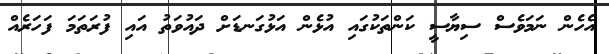
އެހެން ނަމަވެސް ސިޔާސީ ކަންތަކުގައި އުޅެން އަޅުގަނޑަށް ދައުވަތު އައި ފުރަތަމަ ފަހަރެއް